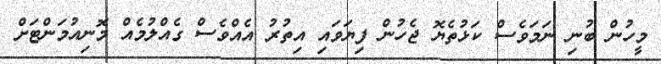
މީހުން ބުނި ނަމަވެސް ކަޅުތެޔޮ ޖެހުން ފިޔަވައި އިތުރު އެއްވެސް ގެއްލުމެއް މޮނިއުމަންޓަށް